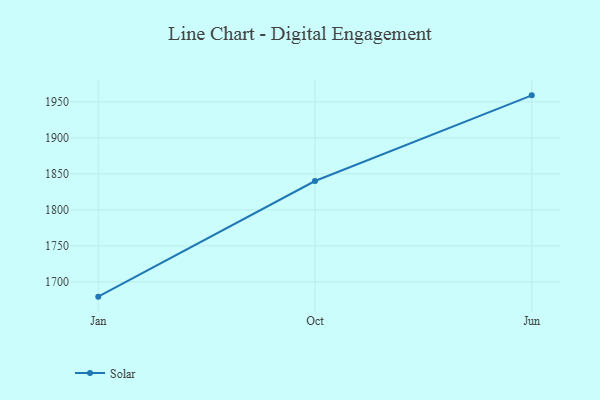
{"axis": {"x": "Month", "y": "Active Users"}, "legend": ["Solar"], "data": [{"x": "Jan", "y": 1679.4, "type": "Solar"}, {"x": "Oct", "y": 1840.0, "type": "Solar"}, {"x": "Jun", "y": 1959.0, "type": "Solar"}]}